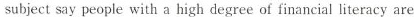
subject say people with a high degree of financial literacy are